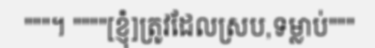
"""។ """"[ខ្ញុំ]ត្រូវដែលស្រប,ទម្លាប់"""